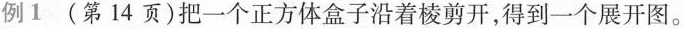
例1(第14页)把一个正方体盒子沿着棱剪开，得到一个展开图。